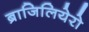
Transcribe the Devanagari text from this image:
ब्राजिलियेरो